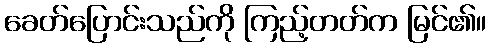
ခေတ်ပြောင်းသည်ကို ကြည့်တတ်က မြင်၏။